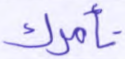
تأمرك